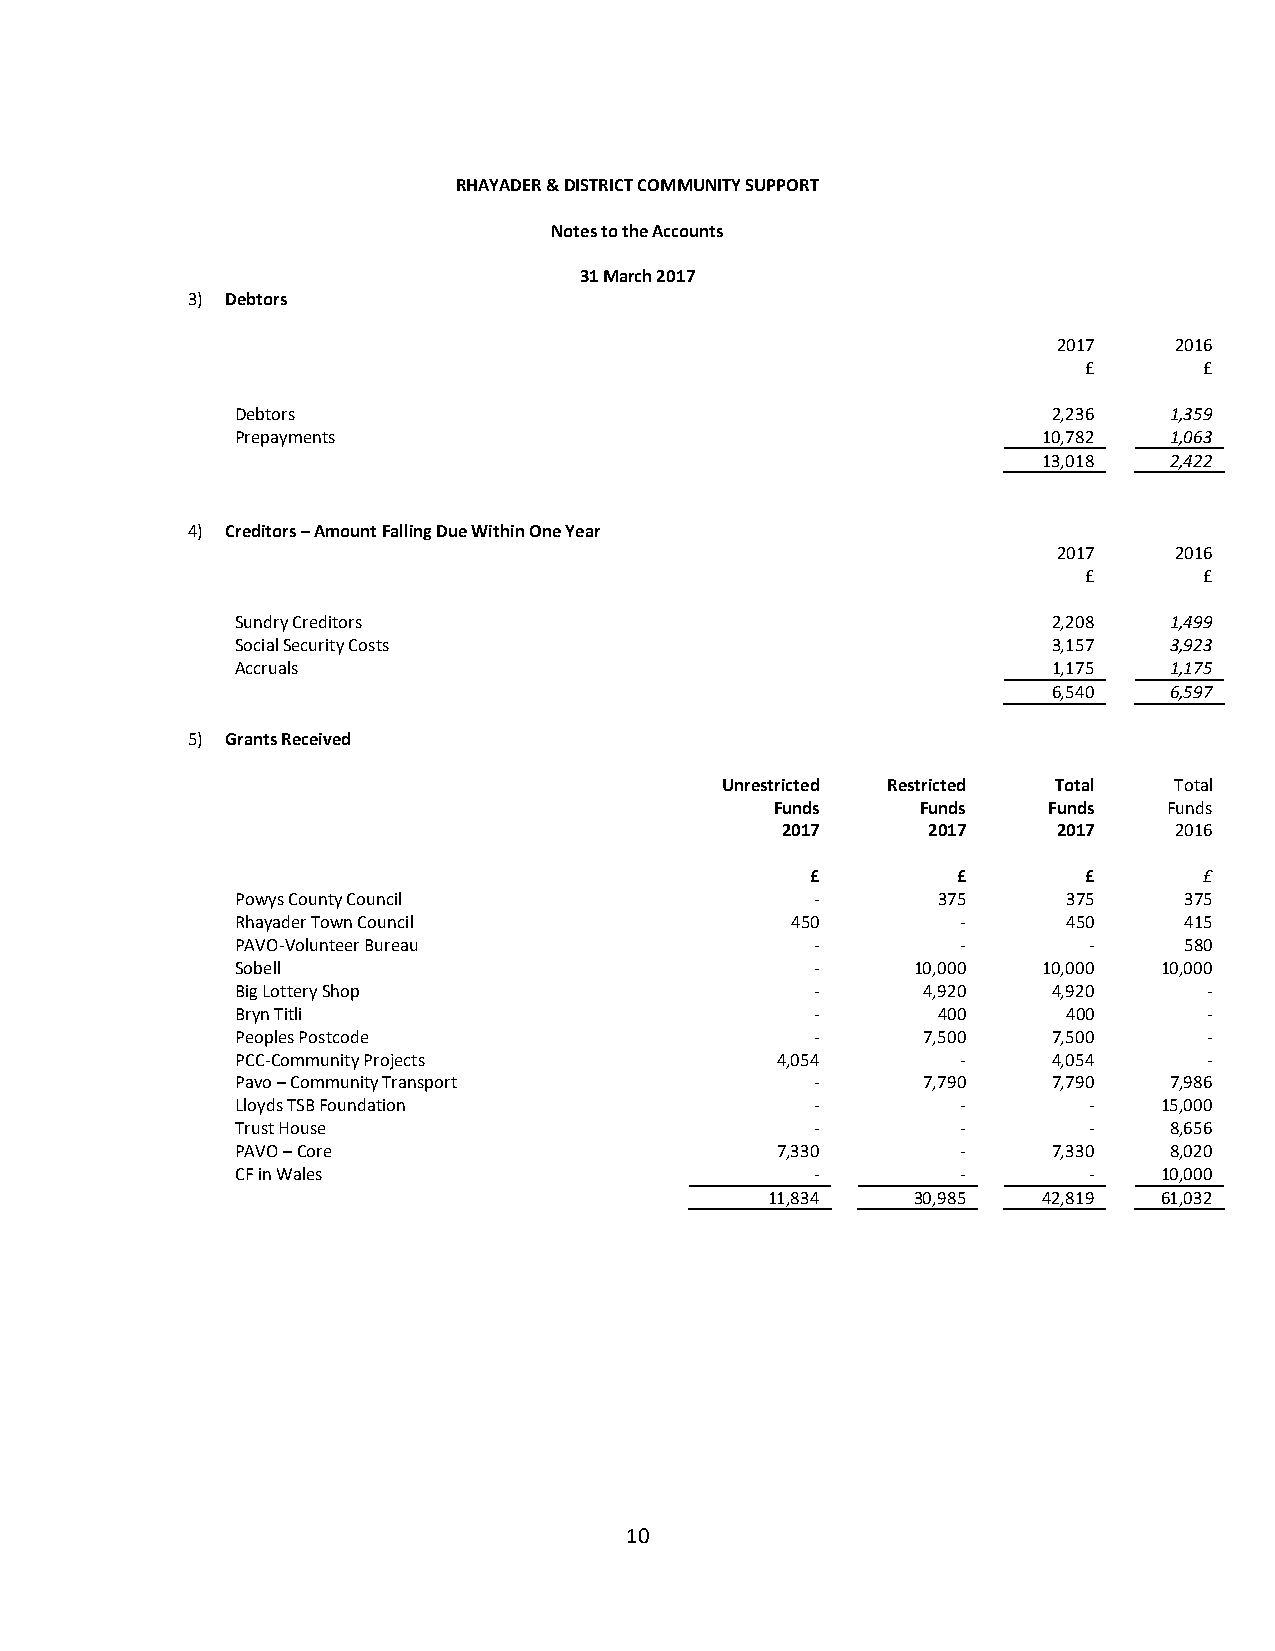
RHAYADER & DISTRICT COMMUNITY SUPPORT
 Notes to the Accounts
 31 March 2017
 3) Debtors
 2017    2016
 £       £
 Debtors                                               2,236  1,359
 Prepayments                                          10,782  1,063
 13,018  2,422
 4) Creditors – Amount Falling Due Within One Year
 2017    2016
 £       £
 Sundry Creditors                                      2,208  1,499
 Social Security Costs                                 3,157  3,923
 Accruals                                              1,175  1,175
 6,540  6,597
 5) Grants Received
 Unrestricted Restricted Total Total
 Funds     Funds   Funds   Funds
 2017     2017     2017    2016
 £        £        £       £
 Powys County Council                  -       375      375    375
 Rhayader Town Council               450         -      450    415
 PAVO-Volunteer Bureau                 -         -       -     580
 Sobell                                -      10,000  10,000  10,000
 Big Lottery Shop                      -      4,920    4,920     -
 Bryn Titli                            -       400      400      -
 Peoples Postcode                      -      7,500    7,500     -
 PCC-Community Projects             4,054        -     4,054     -
 Pavo – Community Transport            -      7,790    7,790  7,986
 Lloyds TSB Foundation                 -         -       -    15,000
 Trust House                           -         -       -    8,656
 PAVO – Core                        7,330        -     7,330  8,020
 CF in Wales                           -         -       -    10,000
 11,834    30,985  42,819  61,032
 10